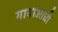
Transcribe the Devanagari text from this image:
गावाआधी